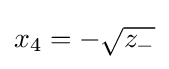
x_{4}=-{\sqrt {z_{-}}}\,\!